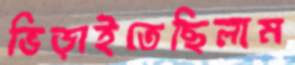
ভিড়াইতেছিলাম